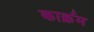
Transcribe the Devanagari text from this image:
कार्क्रम